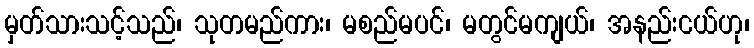
မှတ်သားသင့်သည်၊ သုတမည်ကား၊ မစည်မပင်၊ မတွင်မကျယ်၊ အနည်းငယ်ဟု၊